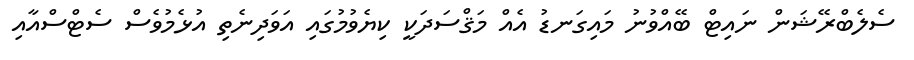
ސެލެބްރޭޝަން ނައިޓް ބޭއްވުނު މައިގަނޑު އެއް މަޤްސަދަކީ ކިޔެވުމުގައި އަވަދިނެތި އުޅެމުވެސް ސެޓްސްއާއި